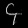
Digit: ၄